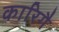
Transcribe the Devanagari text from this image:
कारिगै